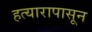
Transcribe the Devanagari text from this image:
हत्यारापासून